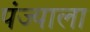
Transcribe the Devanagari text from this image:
पंज्याला